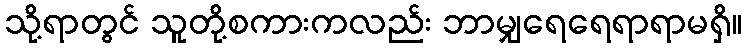
သို့ရာတွင် သူတို့စကားကလည်း ဘာမျှရေရေရာရာမရှိ။